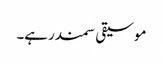
موسیقی سمندر ہے۔